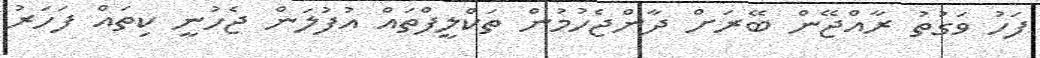
ފަހު ވަގުތު ރާއްޖޭން ބޭރަށް ދާންޖެހުމުން ތަކްލީފްތައް އުފުލަން ޖެހުނީ ކިތައް ފަހަރު